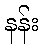
နန်း